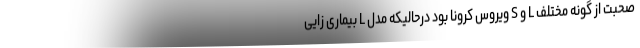
صحبت از گونه مختلف L و S ویروس کرونا بود درحالیکه مدل L بیماری زایی